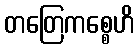
တတြေကစ္စေဟိ